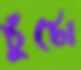
ঠুঁটো